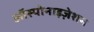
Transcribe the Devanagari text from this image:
ऑस्पोनाइज़ेशन